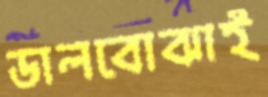
ডালবোঝাই